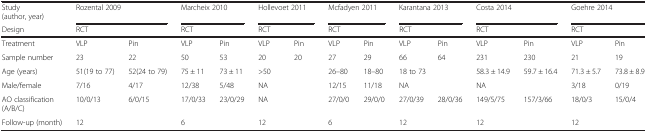
<table><thead><tr><td><b>Study (author, year)</b></td><td colspan="2"><b>Rozental 2009</b></td><td colspan="2"><b>Marcheix 2010</b></td><td colspan="2"><b>Hollevoet 2011</b></td><td colspan="2"><b>Mcfadyen 2011</b></td><td colspan="2"><b>Karantana 2013</b></td><td colspan="2"><b>Costa 2014</b></td><td colspan="2"><b>Goehre 2014</b></td></tr><tr><td><b>Design</b></td><td colspan="2"><b>RCT</b></td><td colspan="2"><b>RCT</b></td><td colspan="2"><b>RCT</b></td><td colspan="2"><b>RCT</b></td><td colspan="2"><b>RCT</b></td><td colspan="2"><b>RCT</b></td><td colspan="2"><b>RCT</b></td></tr></thead><tbody><tr><td>Treatment</td><td>VLP</td><td>Pin</td><td>VLP</td><td>Pin</td><td>VLP</td><td>Pin</td><td>VLP</td><td>Pin</td><td>VLP</td><td>Pin</td><td>VLP</td><td>Pin</td><td>VLP</td><td>Pin</td></tr><tr><td>Sample number</td><td>23</td><td>22</td><td>50</td><td>53</td><td>20</td><td>20</td><td>27</td><td>29</td><td>66</td><td>64</td><td>231</td><td>230</td><td>21</td><td>19</td></tr><tr><td>Age (years)</td><td>51(19 to 77)</td><td>52(24 to 79)</td><td>75 ± 11</td><td>73 ± 11</td><td colspan="2">&gt;50</td><td>26–80</td><td>18–80</td><td colspan="2">18 to 73</td><td>58.3 ± 14.9</td><td>59.7 ± 16.4</td><td>71.3 ± 5.7</td><td>73.8 ± 8.9</td></tr><tr><td>Male/female</td><td>7/16</td><td>4/17</td><td>12/38</td><td>5/48</td><td colspan="2">NA</td><td>12/15</td><td>11/18</td><td colspan="2">NA</td><td colspan="2">NA</td><td>3/18</td><td>0/19</td></tr><tr><td>AO classification (A/B/C)</td><td>10/0/13</td><td>6/0/15</td><td>17/0/33</td><td>23/0/29</td><td colspan="2">NA</td><td>27/0/0</td><td>29/0/0</td><td>27/0/39</td><td>28/0/36</td><td>149/5/75</td><td>157/3/66</td><td>18/0/3</td><td>15/0/4</td></tr><tr><td>Follow-up (month)</td><td colspan="2">12</td><td colspan="2">6</td><td colspan="2">12</td><td colspan="2">6</td><td colspan="2">12</td><td colspan="2">12</td><td colspan="2">12</td></tr></tbody></table>